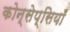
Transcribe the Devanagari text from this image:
कोन्सेप्सियॉँ